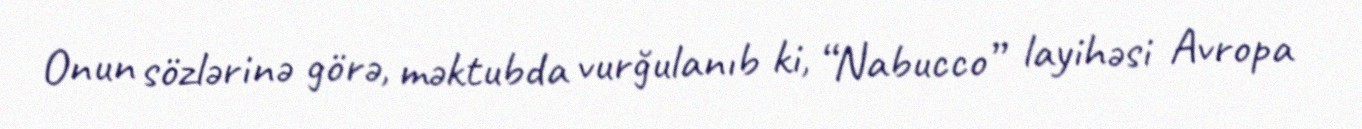
Onun sözlərinə görə, məktubda vurğulanıb ki, “Nabucco” layihəsi Avropa